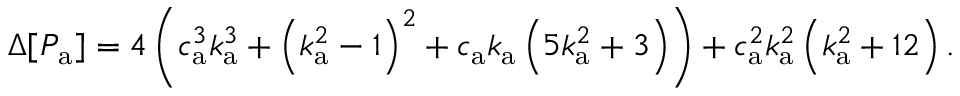
\Delta [ P _ { \mathrm { a } } ] = 4 \left( c _ { \mathrm { a } } ^ { 3 } k _ { \mathrm { a } } ^ { 3 } + \left( k _ { \mathrm { a } } ^ { 2 } - 1 \right) ^ { 2 } + c _ { \mathrm { a } } k _ { \mathrm { a } } \left( 5 k _ { \mathrm { a } } ^ { 2 } + 3 \right) \right) + c _ { \mathrm { a } } ^ { 2 } k _ { \mathrm { a } } ^ { 2 } \left( k _ { \mathrm { a } } ^ { 2 } + 1 2 \right) .